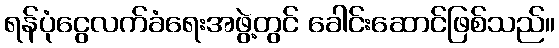
ရန်ပုံငွေလက်ခံရေးအဖွဲ့တွင် ခေါင်းဆောင်ဖြစ်သည်။